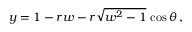
y = 1 - r w - r \sqrt { w ^ { 2 } - 1 } \, \cos \theta \, ,